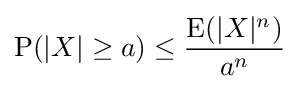
\operatorname {P} (|X|\geq a)\leq {\frac {\operatorname {E} (|X|^{n})}{a^{n}}}